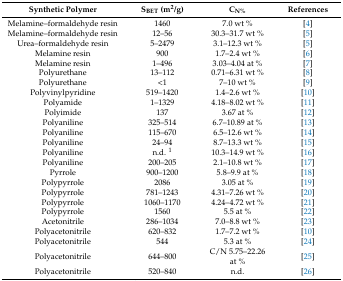
| Synthetic Polymer | SBET (m2/g) | CN% | References |
 | --- | --- | --- | --- |
 | Melamine–formaldehyde resin | 1460 | 7.0 wt % | [4] |
 | Melamine–formaldehyde resin | 12–56 | 30.3–31.7 wt % | [5] |
 | Urea–formaldehyde resin | 5–2479 | 3.1–12.3 wt % | [5] |
 | Melamine resin | 900 | 1.7–2.4 wt % | [6] |
 | Melamine resin | 1–496 | 3.03–4.04 at % | [7] |
 | Polyurethane | 13–112 | 0.71–6.31 wt % | [8] |
 | Polyurethane | <1 | 7–10 wt % | [9] |
 | Polyvinylpyridine | 519–1420 | 1.4–2.6 wt % | [10] |
 | Polyamide | 1–1329 | 4.18–8.02 wt % | [11] |
 | Polyimide | 137 | 3.67 at % | [12] |
 | Polyaniline | 325–514 | 6.7–10.89 at % | [13] |
 | Polyaniline | 115–670 | 6.5–12.6 wt % | [14] |
 | Polyaniline | 24–94 | 8.7–13.3 wt % | [15] |
 | Polyaniline | n.d. 1 | 10.3–14.9 wt % | [16] |
 | Polyaniline | 200–205 | 2.1–10.8 wt % | [17] |
 | Pyrrole | 900–1200 | 5.8–9.9 at % | [18] |
 | Polypyrrole | 2086 | 3.05 at % | [19] |
 | Polypyrrole | 781–1243 | 4.31–7.26 wt % | [20] |
 | Polypyrrole | 1060–1170 | 4.24–4.72 wt % | [21] |
 | Polypyrrole | 1560 | 5.5 at % | [22] |
 | Acetonitrile | 286–1034 | 7.0–8.8 wt % | [23] |
 | Polyacetonitrile | 620–832 | 1.7–7.2 wt % | [10] |
 | Polyacetonitrile | 544 | 5.3 at % | [24] |
 | Polyacetonitrile | 644–800 | C/N 5.75–22.26 at % | [25] |
 | Polyacetonitrile | 520–840 | n.d. | [26] |